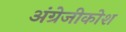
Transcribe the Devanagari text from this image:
अंग्रेजीकोश